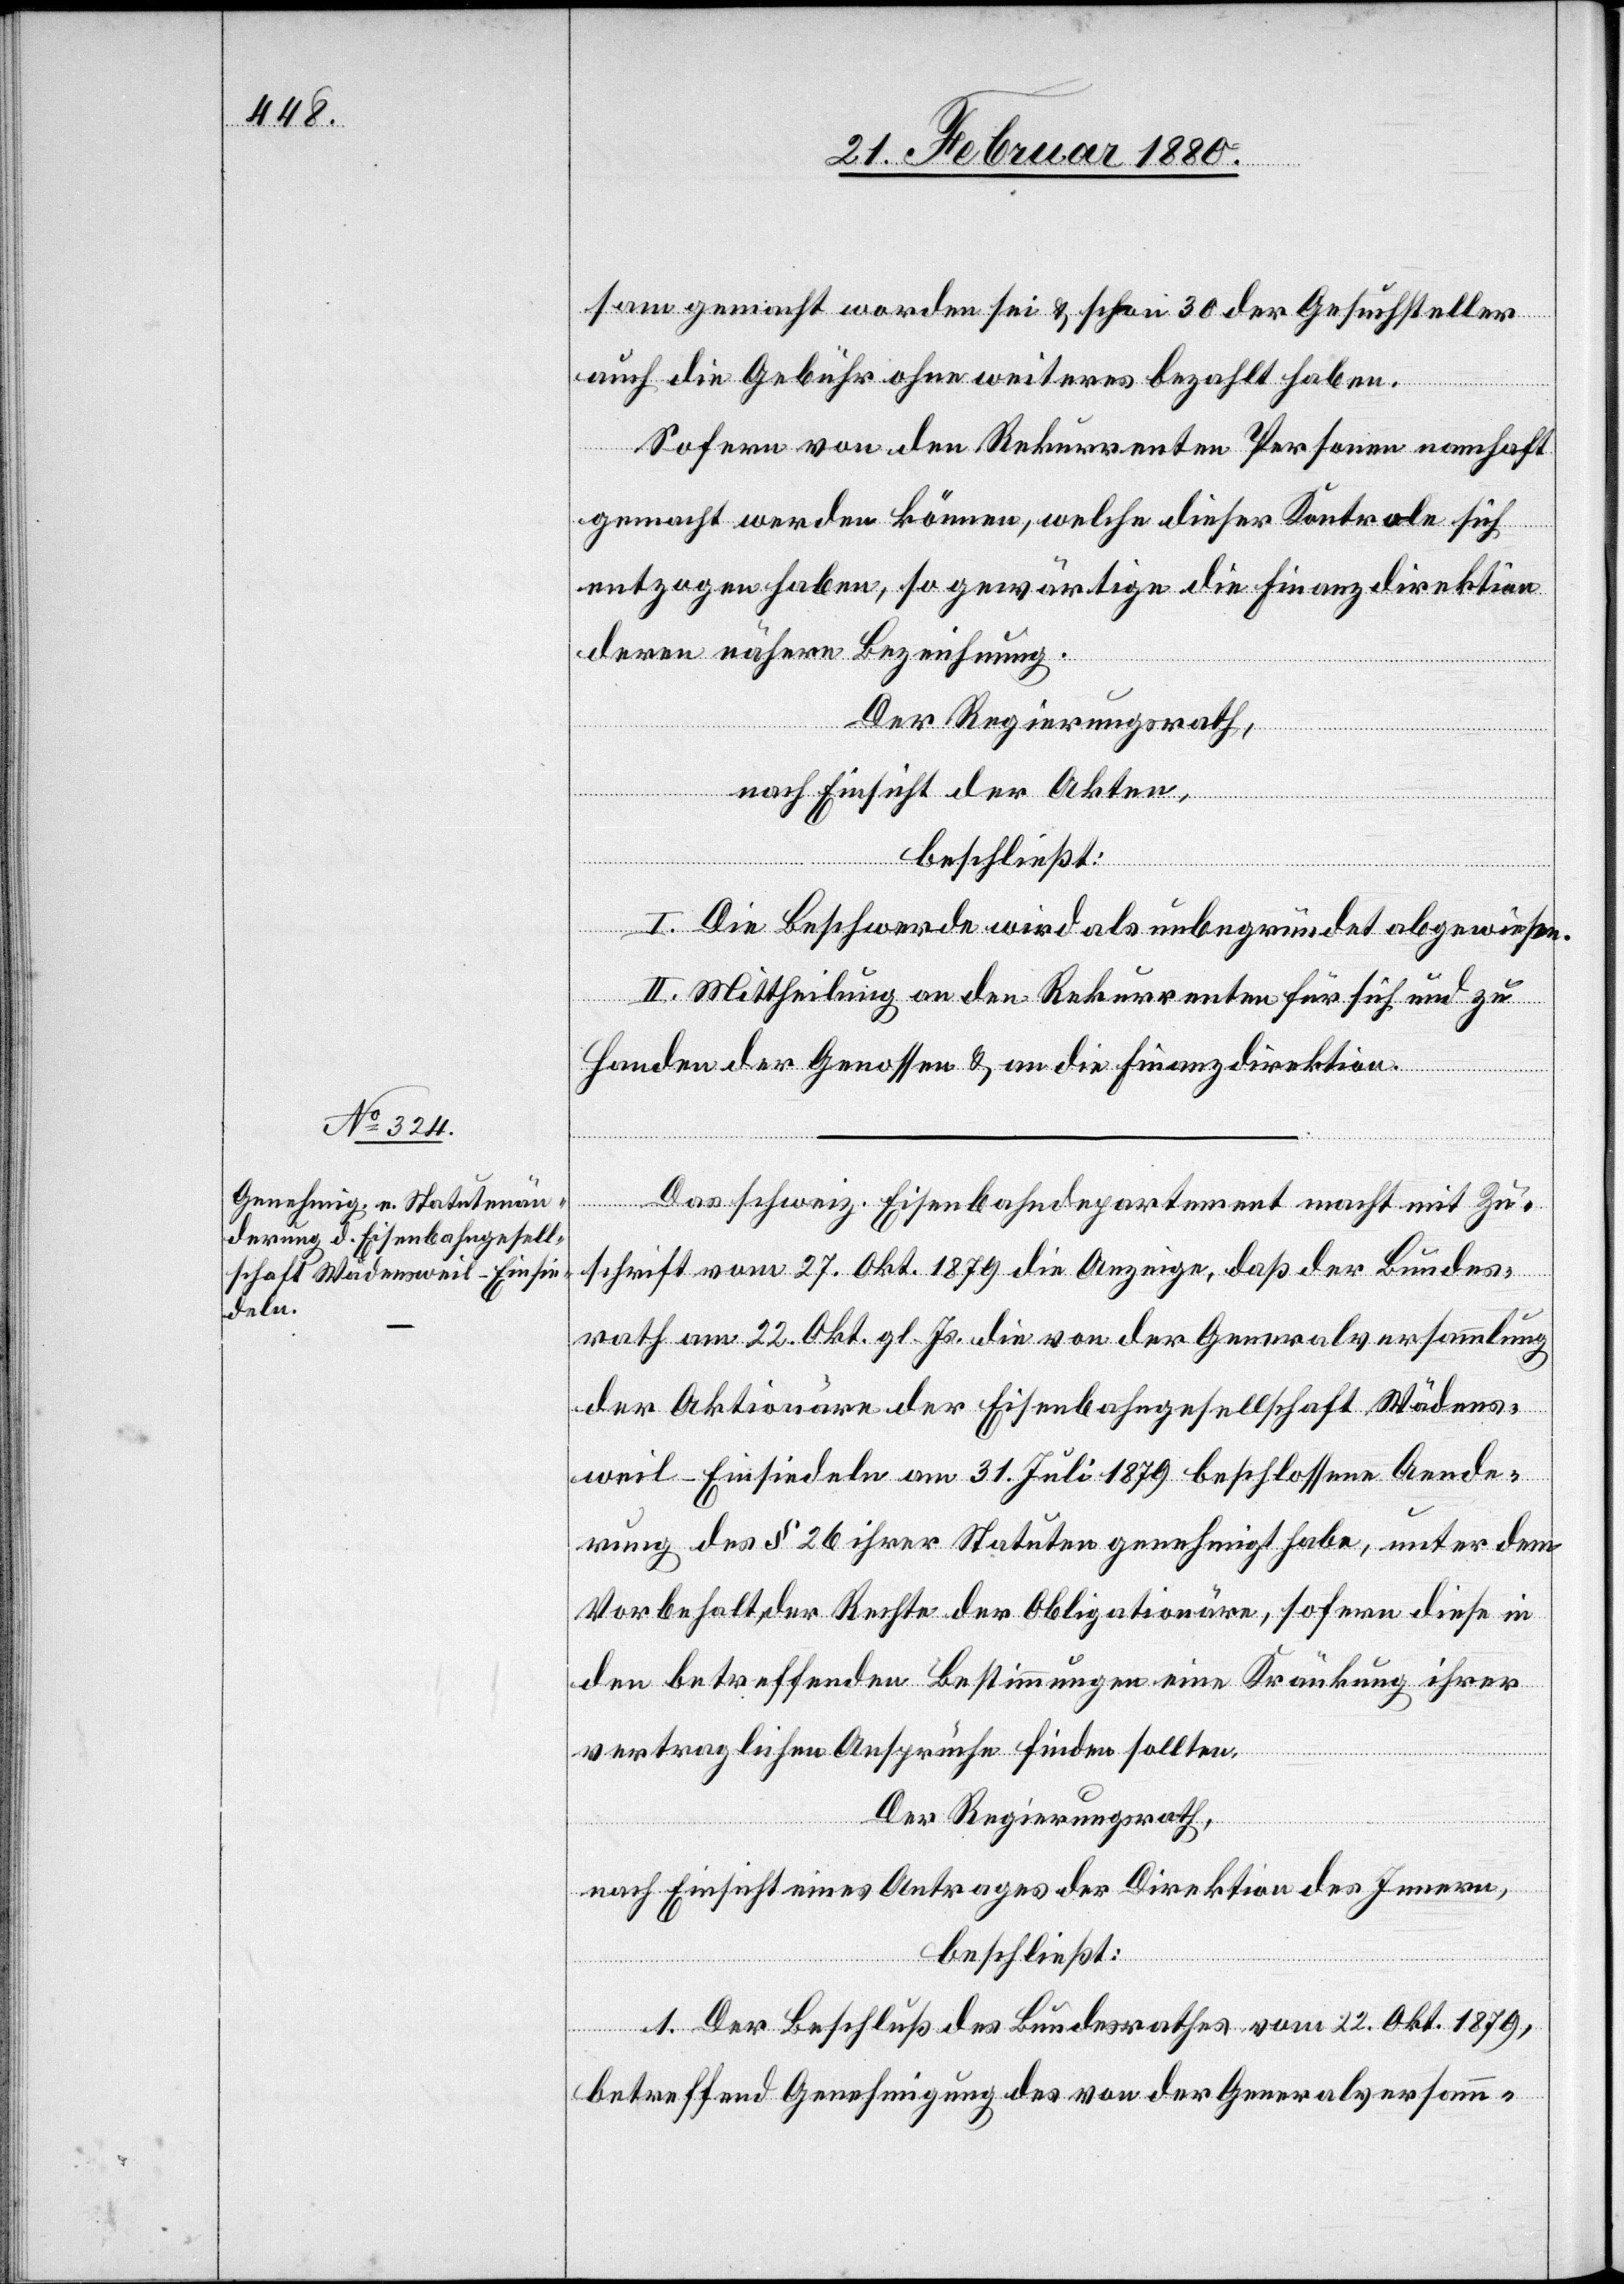
sam gemacht worden sei & schon 30 der Gesuchsteller
auch die Gebühr ohne weiteres bezahlt haben.
Sofern von den Rekurrenten Personen namhaft
gemacht werden können, welche dieser Kontrole sich
entzogen haben, so gewärtige die Finanzdirektion
deren nähere Bezeichnung.
Der Regierungsrath,
nach Einsicht der Akten,
beschließt:
I. Die Beschwerde wird als unbegründet abgewiesen.
II. Mittheilung an den Rekurrenten für sich und zu
Handen der Genossen & an die Finanzdirektion.
Das schweiz. Eisenbahndepartement macht mit Zu¬
schrift vom 27. Okt. 1879 die Anzeige, daß der Bundes¬
rath am 22. Okt. gl. Js. die an der Generalversammlung
der Aktionäre der Eisenbahngesellschaft Wädens¬
weil–Einsiedeln am 31. Juli 1879 beschlossene Aende¬
rung des § 26 ihrer Statuten genehmigt habe, unter dem
Vorbehalt, der Rechte der Obligationäre, sofern diese in
den betreffenden Bestimmungen eine Kränkung ihrer
vertraglichen Ansprüche finden sollten.
Der Regierungsrath,
nach Einsicht eines Antrages der Direktion des Innern,
beschließt:
1. Der Beschluß des Bundesrathes vom 22. Okt 1879,
betreffend Genehmigung des von der Generalversamm-